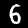
Digit: 6